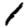
Digit: 1